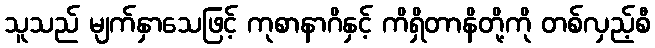
သူသည် မျက်နှာသေဖြင့် ကုစာနာဂိနှင့် ကိရှိတာနိတို့ကို တစ်လှည့်စီ